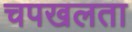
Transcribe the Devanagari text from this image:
चपखलता